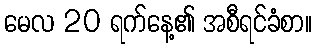
မေလ 20 ရက်နေ့၏ အစီရင်ခံစာ။